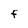
Character: F